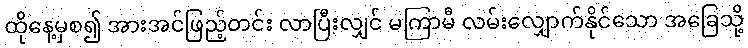
ထိုနေ့မှစ၍ အားအင်ဖြည့်တင်း လာပြီးလျှင် မကြာမီ လမ်းလျှောက်နိုင်သော အခြေသို့